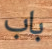
باب